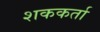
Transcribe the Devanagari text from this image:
शककर्ता